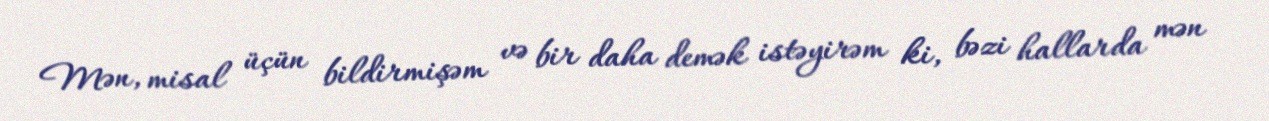
Mən, misal üçün bildirmişəm və bir daha demək istəyirəm ki, bəzi hallarda mən